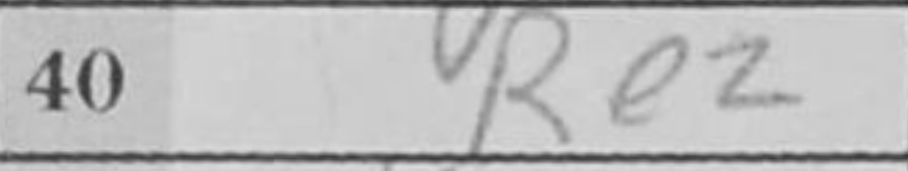
Transcription: Re2